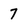
Character: 7